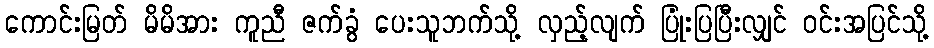
ကောင်းမြတ် မိမိအား ကူညီ ဇက်ခွံ ပေးသူဘက်သို့ လှည့်လျက် ပြုံးပြပြီးလျှင် ဝင်းအပြင်သို့